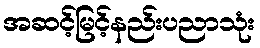
အဆင့်မြင့်နည်းပညာသုံး